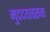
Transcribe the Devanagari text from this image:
मुददयावरून